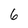
Character: 6